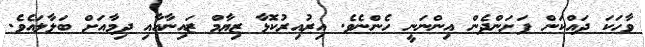
ވާހަކަ ދައްކަން ފަށަންދެން އިންނަނީ ހެންނެވެ. އިރުއިރުކޮޅާ ޒިޔާމް ޒައިނާއާއި ދިމާއަށް ބަލާލައެވެ.